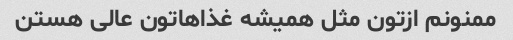
ممنونم ازتون مثل همیشه غذاهاتون عالی هستن